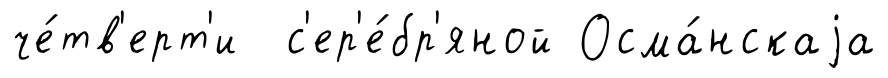
че́тв'ерт'и с'ер'е́бр'яной Осма́нскаjа